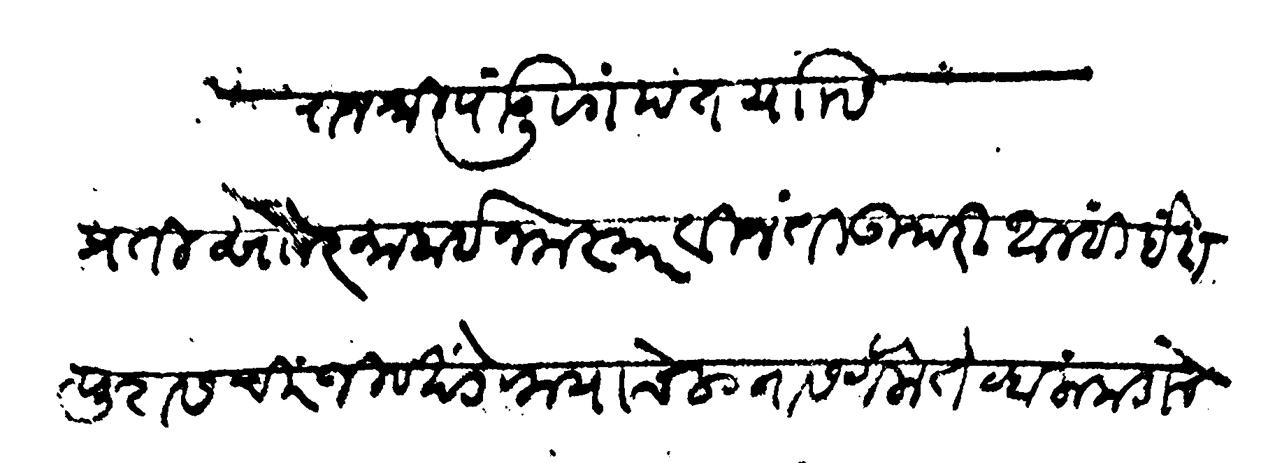
Transliteration (Devanagari): राजश्री पांडुरंगपंत यांसी प्रति सौ रमाबाई नमस्कार विनंती उपरी आम्ही इंदापूरास चिरंजीव खंडेरायाचे लग्नास गेलो तेव्हा लांकडाचे